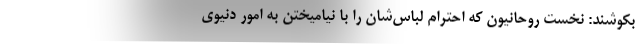
بکوشند: نخست روحانیون که احترام لباس‌شان را با نیامیختن به امور دنیوی